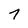
Character: 7